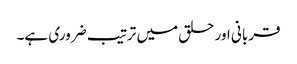
قربانی اور حلق میں ترتیب ضروری ہے۔